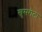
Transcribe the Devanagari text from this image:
खुसरोला